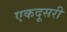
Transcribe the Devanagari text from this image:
एकदूसरी